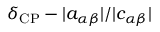
\delta _ { \mathrm { C P } } - | a _ { \alpha \beta } | / | c _ { \alpha \beta } |